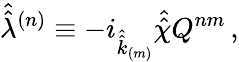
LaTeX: \hat{\hat{\lambda}}{}^{(n)}\equiv-i_{\hat{\hat{k}}_{\scriptscriptstyle(m)}}\hat{\hat{\chi}}Q^{nm}\, ,